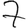
Digit: 7